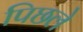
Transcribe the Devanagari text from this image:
पिछले